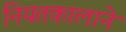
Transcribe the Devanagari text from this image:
नियतकालाने